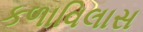
કળાવિલાસ